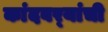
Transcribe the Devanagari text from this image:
कांदबर्‍यांची